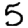
Digit: 5